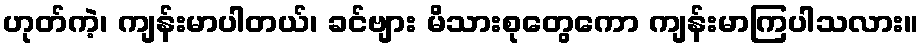
ဟုတ်ကဲ့၊ ကျန်းမာပါတယ်၊ ခင်ဗျား မိသားစုတွေကော ကျန်းမာကြပါသလား။